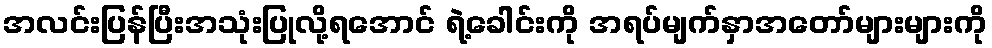
အလင်းပြန်ပြီးအသုံးပြုလို့ရအောင် ရဲ့ခေါင်းကို အရပ်မျက်နှာအတော်များများကို